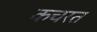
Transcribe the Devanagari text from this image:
कचरत